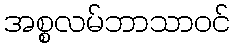
အစ္စလမ်ဘာသာဝင်